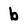
Character: b